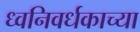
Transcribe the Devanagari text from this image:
ध्वनिवर्धकाच्या